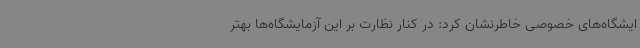
ایشگاه‌های خصوصی خاطرنشان کرد: در کنار نظارت بر این آزمایشگاه‌ها بهتر